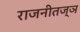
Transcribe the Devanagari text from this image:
राजनीतज्ञ